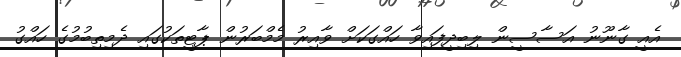
އެއީ ގާނޫނު އަސާސީން ލިބިދީފައިވާ ހައްގަކަށް ވާއިރު މެމްބަރުން ޕާޓީތަކުގައި ދެމިތިބުމުގެ ހައްގު